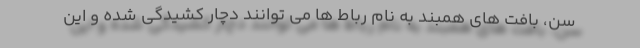
سن، بافت های همبند به نام رباط ها می توانند دچار کشیدگی شده و این